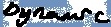
Text: Dynamic